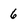
Character: 6